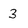
Character: 3